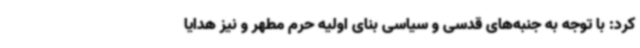
کرد: با توجه به جنبه‌های قدسی و سیاسی بنای اولیه حرم مطهر و نیز هدایا